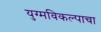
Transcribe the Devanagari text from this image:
युग्मविकल्पाचा